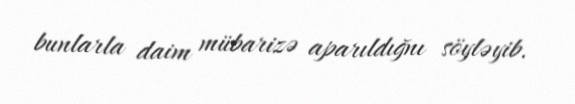
bunlarla daim mübarizə aparıldığnı söyləyib.